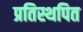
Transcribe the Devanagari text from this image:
प्रतिस्थपित